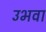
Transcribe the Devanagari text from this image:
उभवा